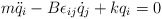
\begin{align*}m\ddot{q}_i -B\epsilon_{ij} \dot{q}_j + kq_i = 0\end{align*}